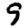
Digit: 9